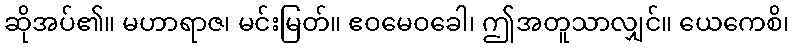
ဆိုအပ်၏။ မဟာရာဇ၊ မင်းမြတ်။ ဧဝမေဝခေါ၊ ဤအတူသာလျှင်။ ယေကေစိ၊